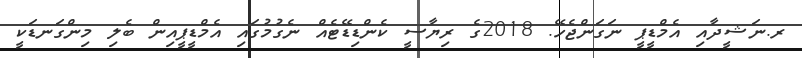
ރ.ނަޝީދާއި އެމްޑީޕީ ނަގަންޖެހޭ. 2018ގެ ރިޔާސީ ކެންޑިޑޭޓެއް ނެގުމުގައި އެމްޑީޕީއިން ބެލި މިންގަނޑަކީ